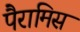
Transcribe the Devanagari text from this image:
पैरामिस